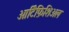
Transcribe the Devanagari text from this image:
आर्टिफ़िशिअल